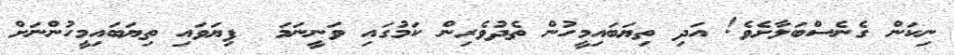
ނިކަން ގެނެސްބަލާށެވެ! އަދި ތިޔަބައިމީހުން ތެދުވެރިން ކަމުގައި ވަނީނަމަ  ފިޔަވައި ތިޔަބައިމީހުންނަށް